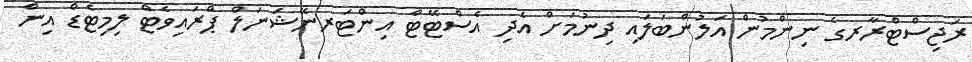
ރަޖިސްޓްރާރގެ ނިންމުން އަލުންބަލައި ދިނުމަށް އެދި އެސްޓޭޓް އިންޓަރނޭޝަނަލް ޕްރައިވެޓް ލިމިޓެޑް އިން